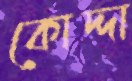
কোদ্দা